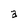
Character: a